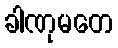
ခါဏုမတေ